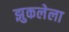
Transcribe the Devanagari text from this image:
झुकलेला